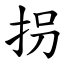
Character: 拐